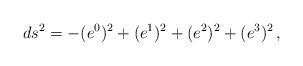
LaTeX: \begin{align*}ds^2=-(e^0)^2+(e^1)^2+(e^2)^2+(e^3)^2\, , \end{align*}